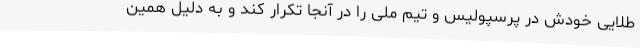
طلایی خودش در پرسپولیس و تیم ملی را در آنجا تکرار کند و به دلیل همین